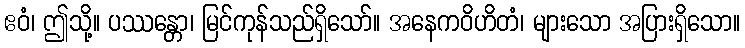
ဧဝံ၊ ဤသို့။ ပဿန္တော၊ မြင်ကုန်သည်ရှိသော်။ အနေကဝိဟိတံ၊ များသော အပြားရှိသော။